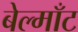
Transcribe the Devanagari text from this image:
बेल्माँट